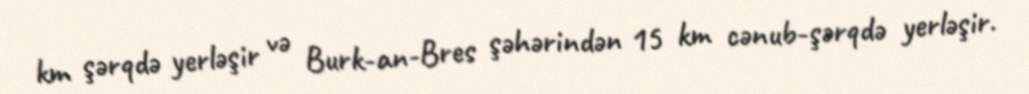
km şərqdə yerləşir və Burk-an-Bres şəhərindən 15 km cənub-şərqdə yerləşir.